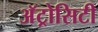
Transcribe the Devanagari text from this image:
अॅट्रोसिटी